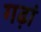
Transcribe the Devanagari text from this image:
गढ़ां